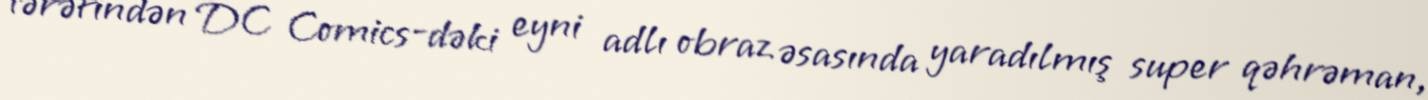
tərəfindən DC Comics-dəki eyni adlı obraz əsasında yaradılmış super qəhrəman,